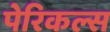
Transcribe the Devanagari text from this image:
पेरिकल्स